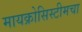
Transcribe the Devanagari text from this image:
मायक्रोसिस्टीमचा